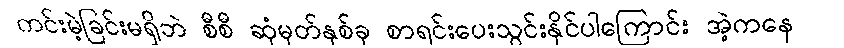
ကင်းမဲ့ခြင်းမရှိဘဲ စီစီ ဆုံမှတ်နှစ်ခု စာရင်းပေးသွင်းနိုင်ပါကြောင်း အဲ့ကနေ